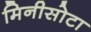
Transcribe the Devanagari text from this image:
मिनीसोटा